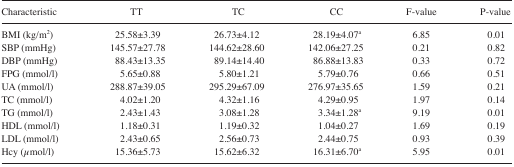
<table><thead><tr><td><b>Characteristic</b></td><td><b>TT</b></td><td><b>TC</b></td><td><b>CC</b></td><td><b>F-value</b></td><td><b>P-value</b></td></tr></thead><tbody><tr><td>BMI (kg/m<sup>2</sup>)</td><td>25.58±3.39</td><td>26.73±4.12</td><td>28.19±4.07a</td><td>6.85</td><td>0.01</td></tr><tr><td>SBP (mmHg)</td><td>145.57±27.78</td><td>144.62±28.60</td><td>142.06±27.25</td><td>0.21</td><td>0.82</td></tr><tr><td>DBP (mmHg)</td><td>88.43±13.35</td><td>89.14±14.40</td><td>86.88±13.83</td><td>0.33</td><td>0.72</td></tr><tr><td>FPG (mmol/l)</td><td>5.65±0.88</td><td>5.80±1.21</td><td>5.79±0.76</td><td>0.66</td><td>0.51</td></tr><tr><td>UA (mmol/l)</td><td>288.87±39.05</td><td>295.29±67.09</td><td>276.97±35.65</td><td>1.59</td><td>0.21</td></tr><tr><td>TC (mmol/l)</td><td>4.02±1.20</td><td>4.32±1.16</td><td>4.29±0.95</td><td>1.97</td><td>0.14</td></tr><tr><td>TG (mmol/l)</td><td>2.43±1.43</td><td>3.08±1.28</td><td>3.34±1.28a</td><td>9.19</td><td>0.01</td></tr><tr><td>HDL (mmol/l)</td><td>1.18±0.31</td><td>1.19±0.32</td><td>1.04±0.27</td><td>1.69</td><td>0.19</td></tr><tr><td>LDL (mmol/l)</td><td>2.43±0.65</td><td>2.56±0.73</td><td>2.44±0.75</td><td>0.93</td><td>0.39</td></tr><tr><td>Hcy (μmol/l)</td><td>15.36±5.73</td><td>15.62±6.32</td><td>16.31±6.70a</td><td>5.95</td><td>0.01</td></tr></tbody></table>